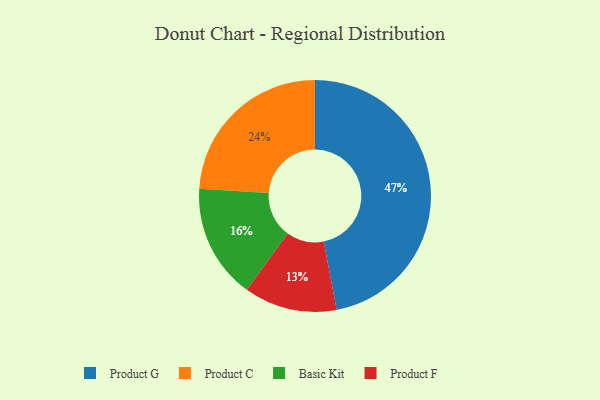
{"axis": {"x": "Category", "y": "Percentage"}, "legend": ["Basic Kit", "Product C", "Product F", "Product G"], "data": [{"x": "Product C", "y": 24, "type": "Product C"}, {"x": "Product G", "y": 47, "type": "Product G"}, {"x": "Product F", "y": 13, "type": "Product F"}, {"x": "Basic Kit", "y": 16, "type": "Basic Kit"}]}